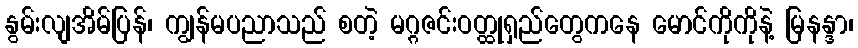
နွမ်းလျအိမ်ပြန်၊ ကျွန်မပညာသည် စတဲ့ မဂ္ဂဇင်းဝတ္ထုရှည်တွေကနေ မောင်ကိုကိုနဲ့ မြနန္ဒာ၊